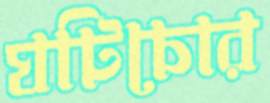
ঘটিচোর